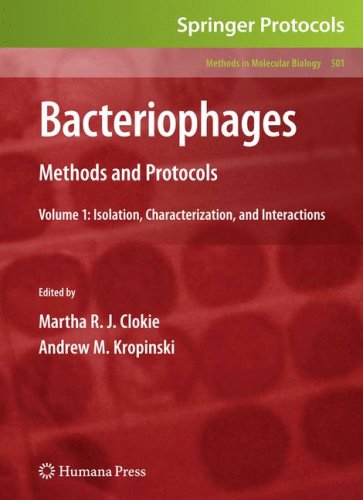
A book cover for Bacteriophages: Methods and Protocols, Volume 1: Isolation, Characterization, and Interactions (Methods in Molecular Biology); Medical Books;